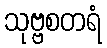
သုဗ္ဗစတရံ